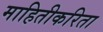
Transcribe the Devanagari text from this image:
माहितीकरिता